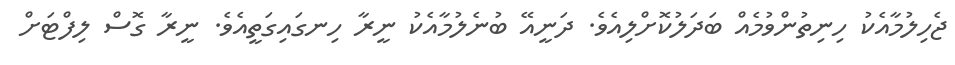
ޖެހިލުމާއެކު ހިނިތުންވުމެއް ބަދަލުކޮށްލިއެވެ. ދަނީއޭ ބުނެލުމާއެކު ނީރާ ހިނގައިގަތީއެވެ. ނީރާ ގޮސް ލިފްޓަށް